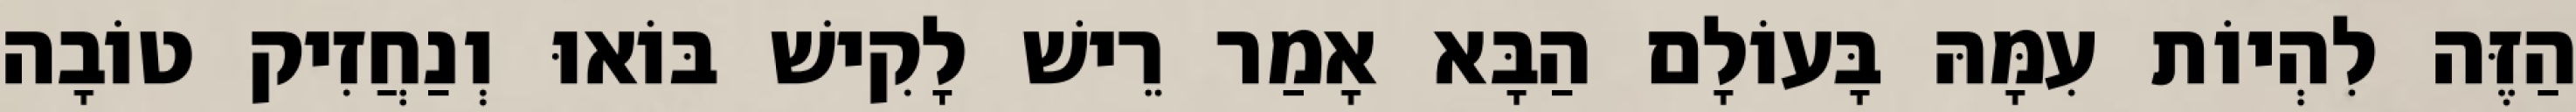
הַזֶּה לִהְיוֹת עִמָּהּ בָּעוֹלָם הַבָּא אָמַר רֵישׁ לָקִישׁ בּוֹאוּ וְנַחֲזִיק טוֹבָה